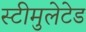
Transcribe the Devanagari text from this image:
स्टीमुलेटेड